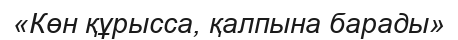
«Көн құрысса, қалпына барады»